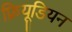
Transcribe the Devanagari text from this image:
फ्रियूडियन